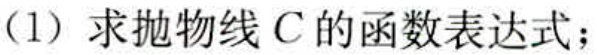
(1) 求抛物线 \(C\) 的函数表达式；